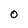
Character: 0